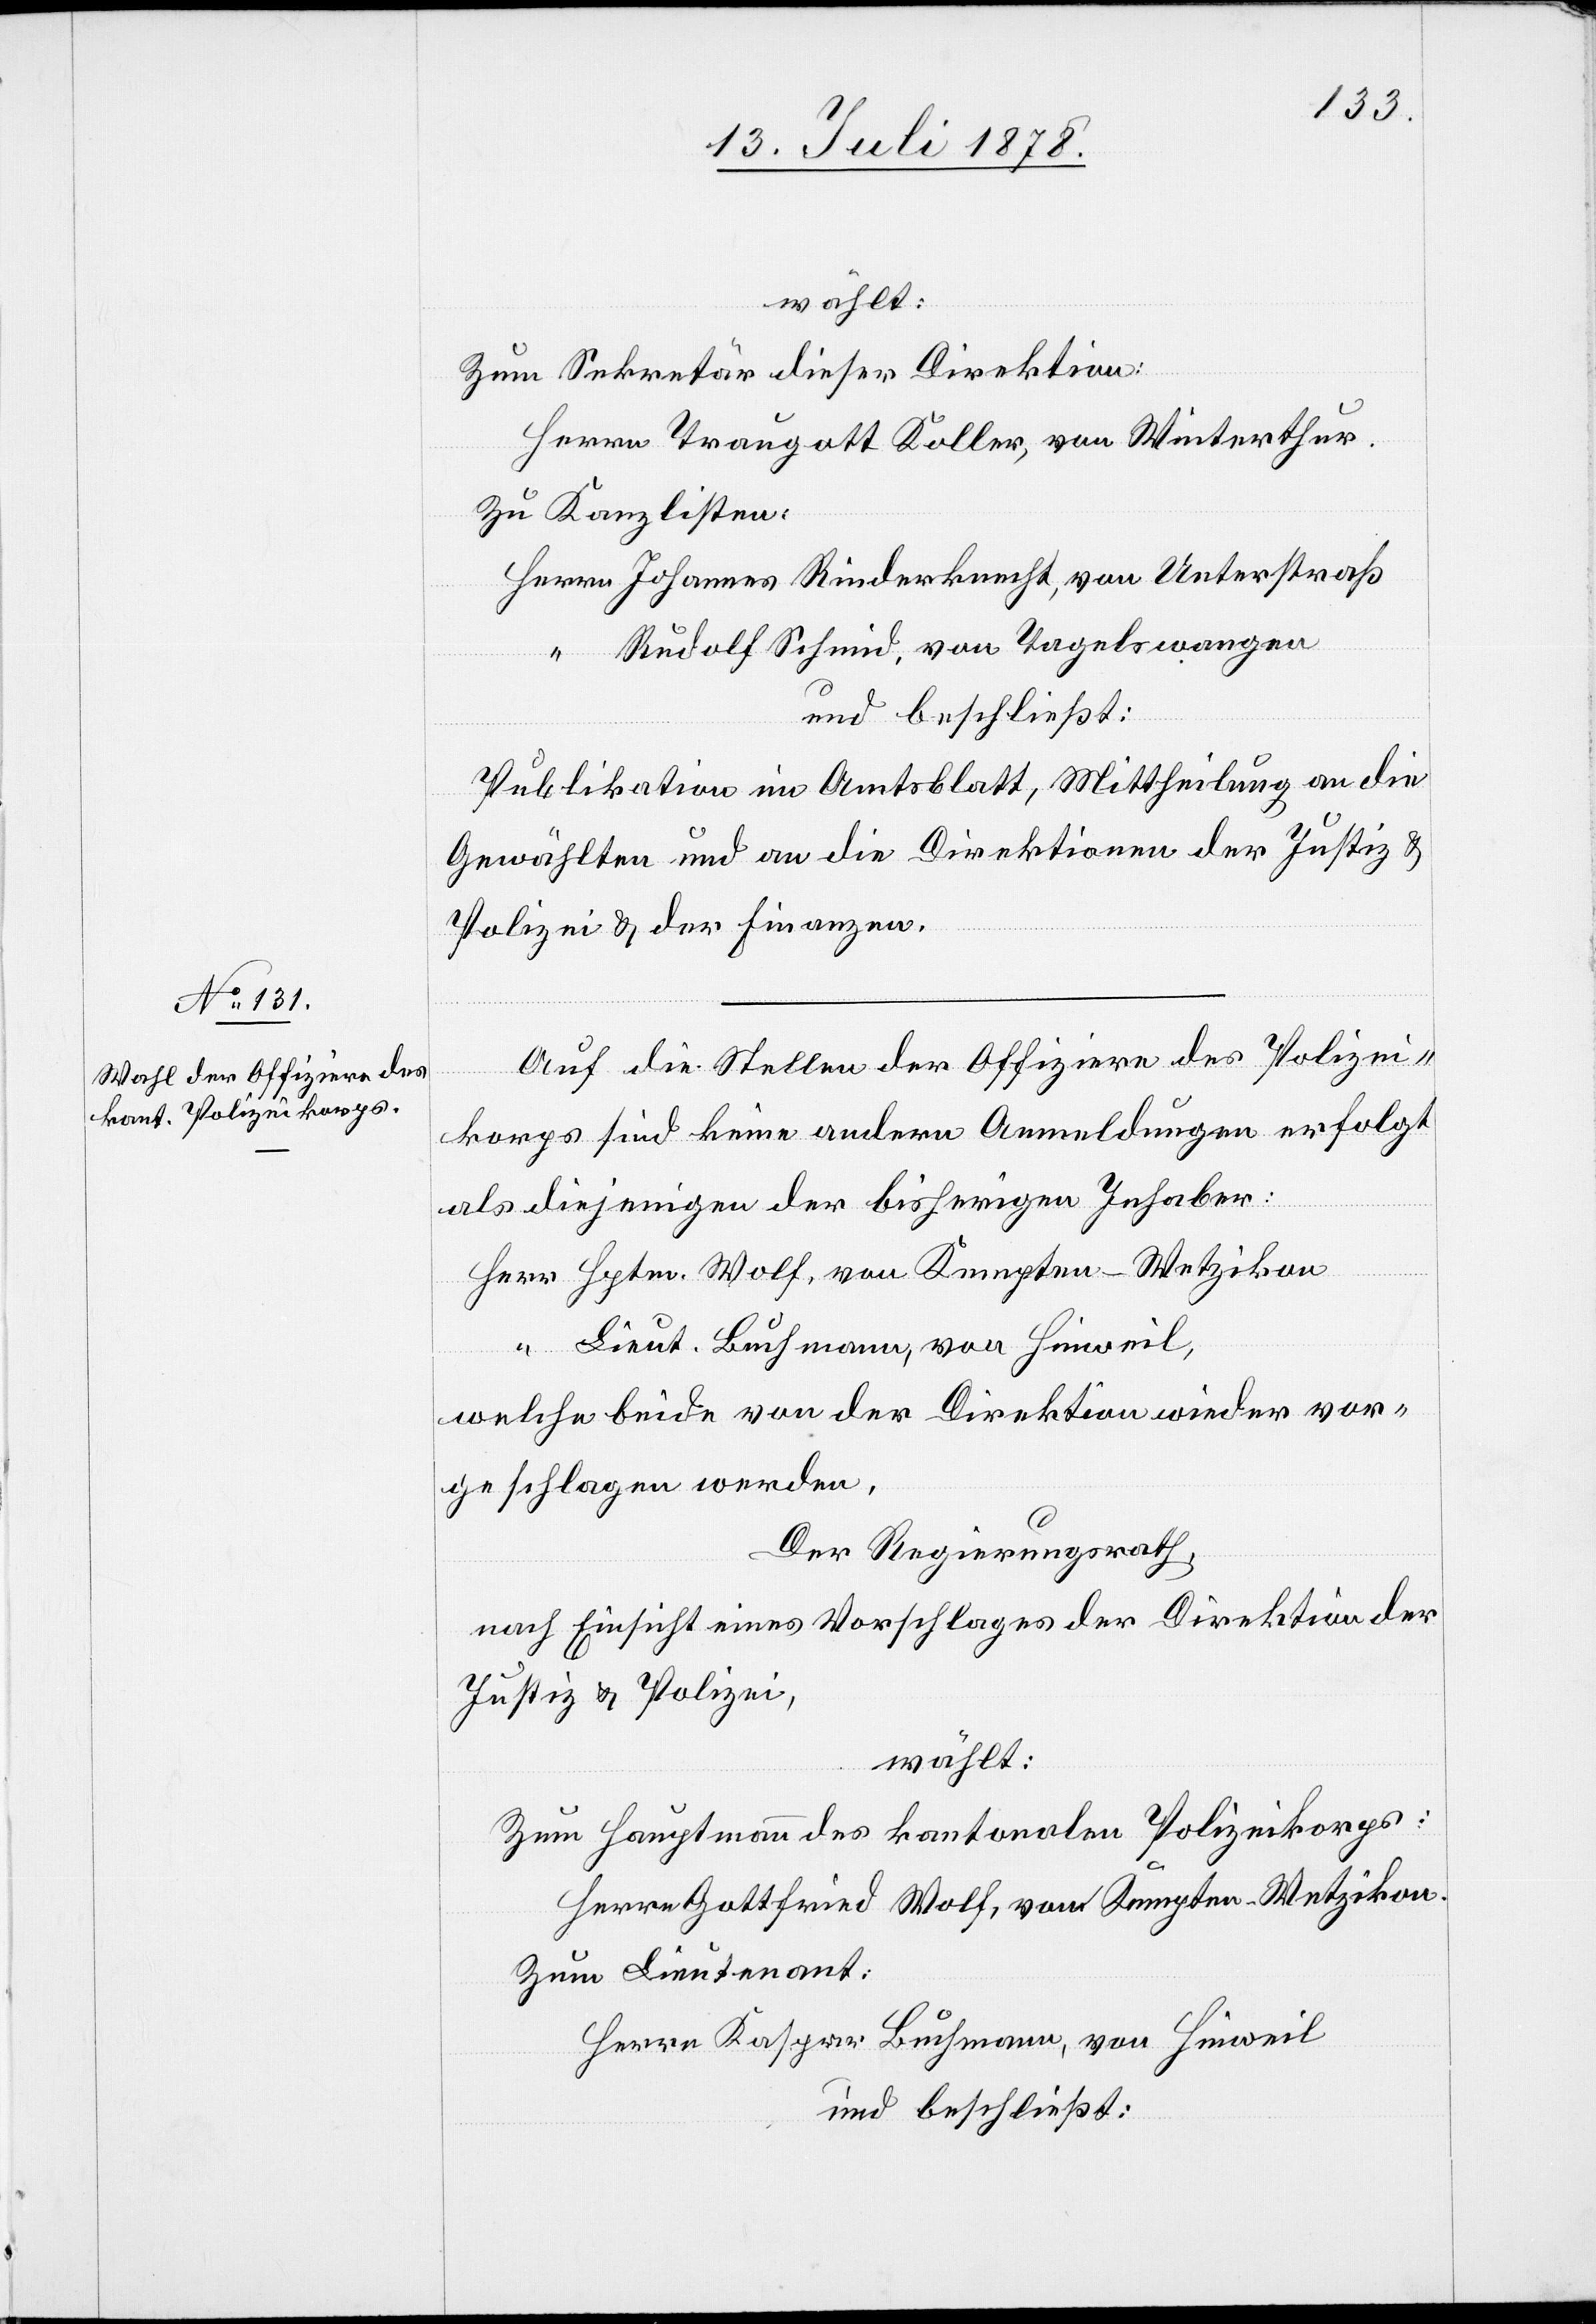
Zum Sekretär dieser Direktion:
Herrn Traugott Koller, von Winterthur.
Zu Kanzlisten:
Herrn Johannes Rinderknecht, von Unterstraß
“ Rudolf Schmid, von Tagelswangen
und beschließt:
Publikation im Amtsblatt, Mittheilung an die
Gewählten und an die Direktionen der Justiz &
Polizei & der Finanzen.
Auf die Stellen der Offiziere des Polizei¬
korps sind keine andern Anmeldungen erfolgt
als diejenigen der bisherigen Inhaber:
Herr Hptm. Wolf, von Kempten - Wetzikon
“ Lieut. Buchmann, von Hinweil,
welche beide von der Direktion wieder vor¬
geschlagen werden.
Der Regierungsrath,
nach Einsicht eines Vorschlages der Direktion der
Justiz & Polizei,
wählt:
Zum Hauptmann des kantonalen Polizeikorps:
Herrn Gottfried Wolf, von Kempten - Wetzikon.
Zum Lieutenant:
Herrn Kaspar Buchmann, von Hinweil
und beschließt: